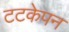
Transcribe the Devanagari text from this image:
टटकेपन